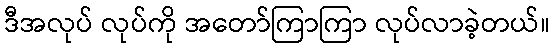
ဒီအလုပ် လုပ်ကို အတော်ကြာကြာ လုပ်လာခဲ့တယ်။